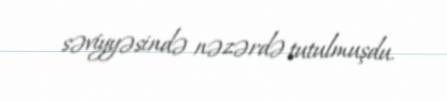
səviyyəsində nəzərdə tutulmuşdu.